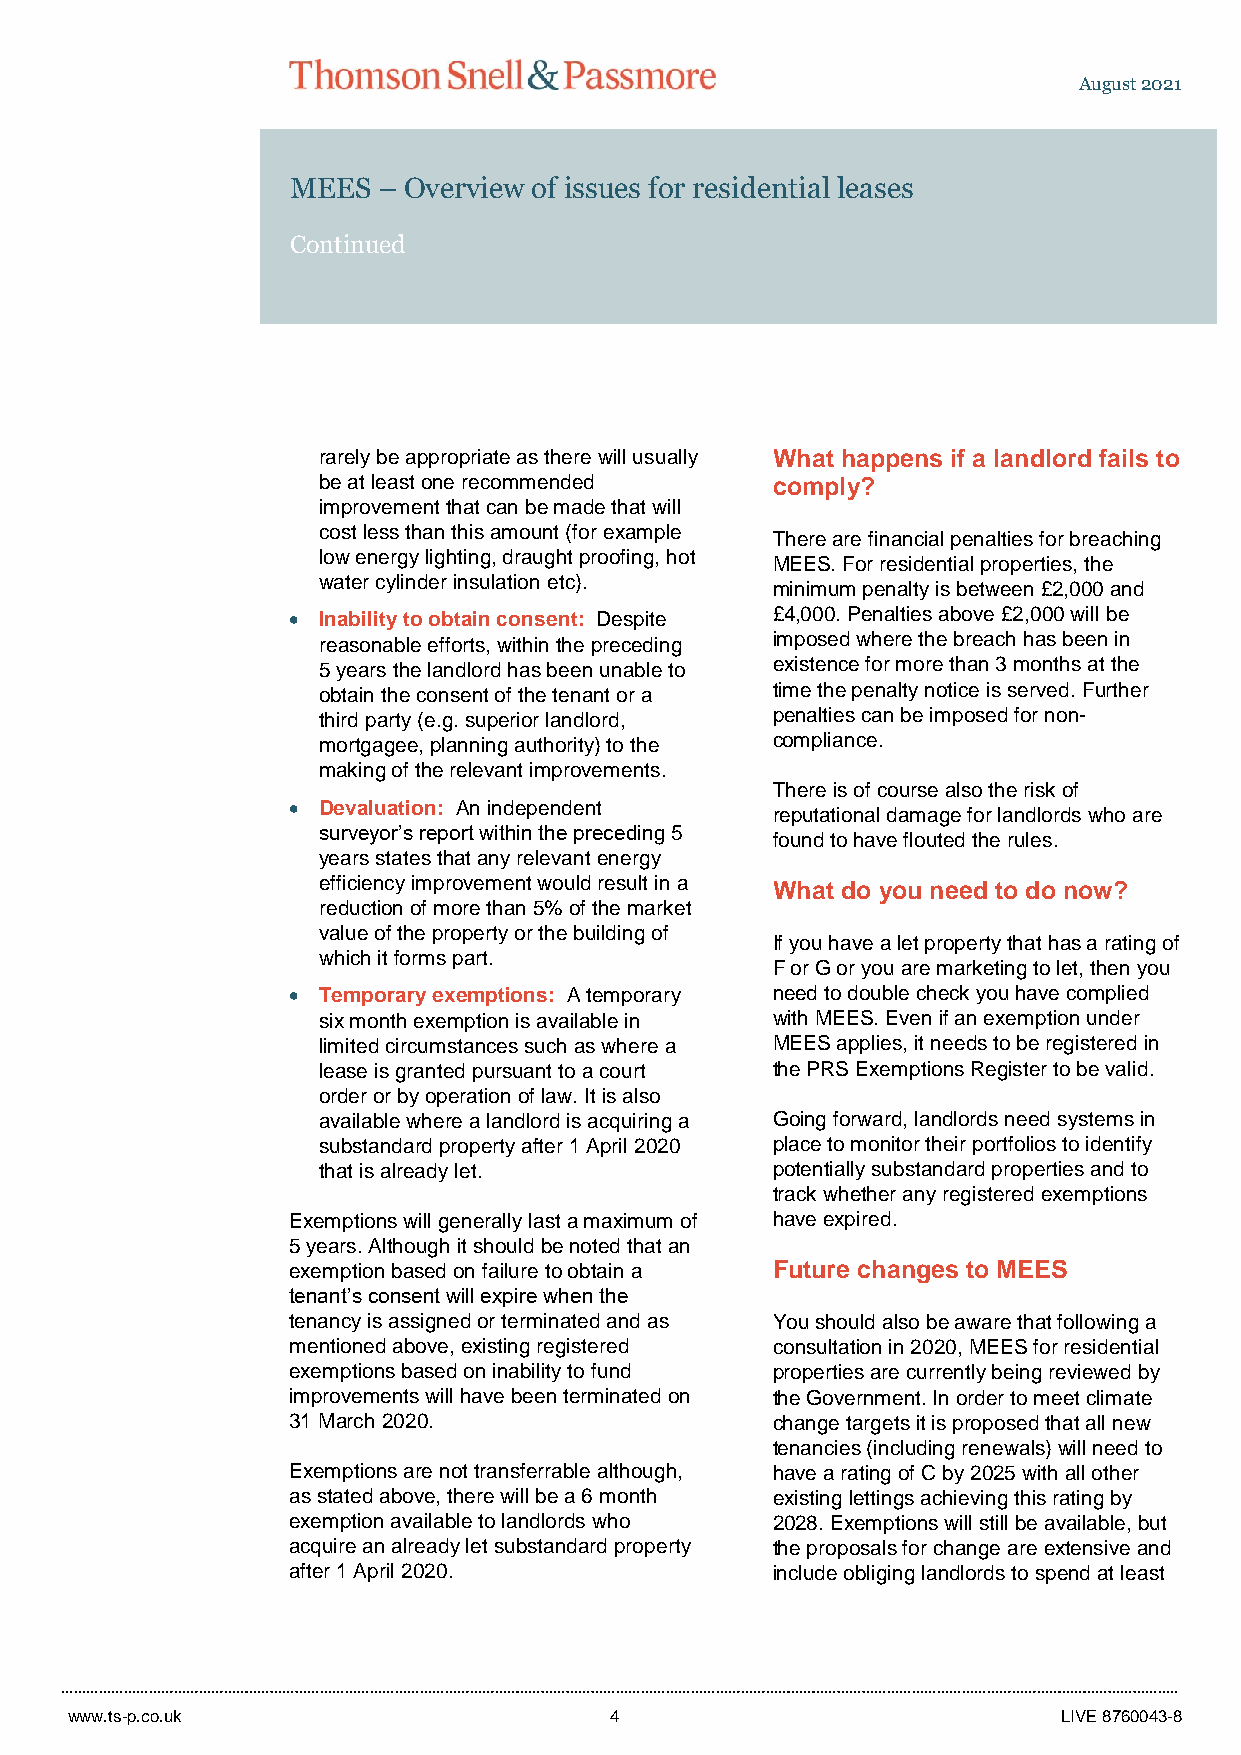
August 2021
 MEES  – Overview of issues for residential leases
 Continued
 rarely be appropriate as there will usually What happens if a landlord fails to
 be at least one recommended   comply?
 improvement that can be made that will
 cost less than this amount (for example
 There are financial penalties for breaching
 low energy lighting, draught proofing, hot
 MEES. For residential properties, the
 water cylinder insulation etc).
 minimum penalty is between £2,000 and
  Inability to obtain consent: Despite £4,000. Penalties above £2,000 will be
 reasonable efforts, within the preceding imposed where the breach has been in
 5 years the landlord has been unable to existence for more than 3 months at the
 obtain the consent of the tenant or a time the penalty notice is served. Further
 third party (e.g. superior landlord, penalties can be imposed for non-
 mortgagee, planning authority) to the compliance.
 making of the relevant improvements.
 There is of course also the risk of
  Devaluation: An independent
 reputational damage for landlords who are
 surveyor’s report within the preceding 5
 found to have flouted the rules.
 years states that any relevant energy
 efficiency improvement would result in a What do you need to do now?
 reduction of more than 5% of the market
 value of the property or the building of
 If you have a let property that has a rating of
 which it forms part.
 F or G or you are marketing to let, then you
  Temporary exemptions: A temporary need to double check you have complied
 six month exemption is available in with MEES. Even if an exemption under
 limited circumstances such as where a MEES applies, it needs to be registered in
 lease is granted pursuant to a court the PRS Exemptions Register to be valid.
 order or by operation of law. It is also
 available where a landlord is acquiring a Going forward, landlords need systems in
 substandard property after 1 April 2020 place to monitor their portfolios to identify
 that is already let.          potentially substandard properties and to
 track whether any registered exemptions
 Exemptions will generally last a maximum of have expired.
 5 years. Although it should be noted that an
 exemption based on failure to obtain a Future changes to MEES
 tenant’s consent will expire when the
 tenancy is assigned or terminated and as You should also be aware that following a
 mentioned above, existing registered consultation in 2020, MEES for residential
 exemptions based on inability to fund properties are currently being reviewed by
 improvements will have been terminated on the Government. In order to meet climate
 31 March 2020.                  change targets it is proposed that all new
 tenancies (including renewals) will need to
 Exemptions are not transferrable although, have a rating of C by 2025 with all other
 as stated above, there will be a 6 month existing lettings achieving this rating by
 exemption available to landlords who 2028. Exemptions will still be available, but
 acquire an already let substandard property the proposals for change are extensive and
 after 1 April 2020.             include obliging landlords to spend at least
 www.ts-p.co.uk                      4                             LIVE 8760043-8